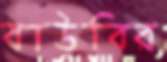
বাউবির